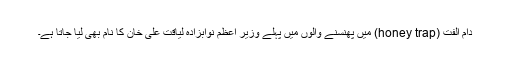
دامِ الفت (honey trap) میں پھنسنے والوں میں پہلے وزیر اعظم نوابزادہ لیاقت علی خان کا نام بھی لیا جاتا ہے۔